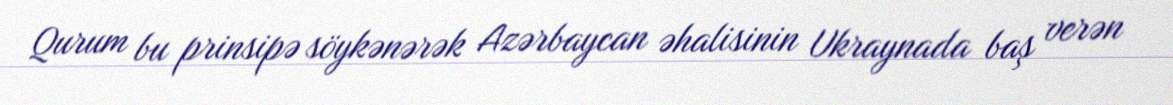
Qurum bu prinsipə söykənərək Azərbaycan əhalisinin Ukraynada baş verən